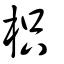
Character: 枳